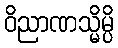
ဝိညာဏသ္မိမ္ပိ